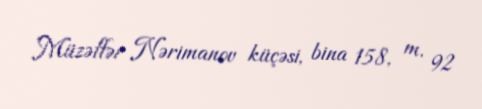
Müzəffər Nərimanov küçəsi, bina 158, m. 92